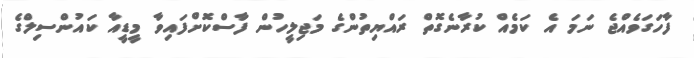
ފާހަގަވެއްޖެ ނަމަ އެ ކަމެއް ކުރާނެގޮތް ރައްޔިތުންގެ މަޖިލީހުން ފާސްކޮށްފައިވާ މީޑީއާ ކައުންސިލްގެ